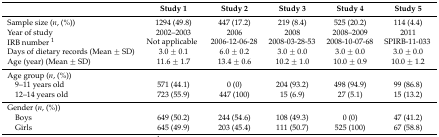
<table><thead><tr><td></td><td><b>Study 1</b></td><td><b>Study 2</b></td><td><b>Study 3</b></td><td><b>Study 4</b></td><td><b>Study 5</b></td></tr></thead><tbody><tr><td>Sample size (<i>n</i>, (%))</td><td>1294 (49.8)</td><td>447 (17.2)</td><td>219 (8.4)</td><td>525 (20.2)</td><td>114 (4.4)</td></tr><tr><td>Year of study</td><td>2002–2003</td><td>2006</td><td>2008</td><td>2008–2009</td><td>2011</td></tr><tr><td>IRB number <sup>1</sup></td><td>Not applicable</td><td>2006-12-06-28</td><td>2008-03-28-53</td><td>2008-10-07-68</td><td>SPIRB-11-033</td></tr><tr><td>Days of dietary records (Mean ± SD)</td><td>3.0 ± 0.1</td><td>6.0 ± 0.2</td><td>3.0 ± 0.0</td><td>3.0 ± 0.0</td><td>3.0 ± 0.0</td></tr><tr><td>Age (year) (Mean ± SD)</td><td>11.6 ± 1.7</td><td>13.4 ± 0.6</td><td>10.2 ± 1.0</td><td>10.0 ± 0.9</td><td>10.0 ± 1.2</td></tr><tr><td>Age group (<i>n</i>, (%))</td><td></td><td></td><td></td><td></td><td></td></tr><tr><td> 9–11 years old</td><td>571 (44.1)</td><td>0 (0)</td><td>204 (93.2)</td><td>498 (94.9)</td><td>99 (86.8)</td></tr><tr><td> 12–14 years old</td><td>723 (55.9)</td><td>447 (100)</td><td>15 (6.9)</td><td>27 (5.1)</td><td>15 (13.2)</td></tr><tr><td>Gender (<i>n</i>, (%))</td><td></td><td></td><td></td><td></td><td></td></tr><tr><td> Boys</td><td>649 (50.2)</td><td>244 (54.6)</td><td>108 (49.3)</td><td>0 (0)</td><td>47 (41.2)</td></tr><tr><td> Girls</td><td>645 (49.9)</td><td>203 (45.4)</td><td>111 (50.7)</td><td>525 (100)</td><td>67 (58.8)</td></tr></tbody></table>